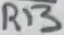
Text: R13